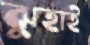
ঝুহাই